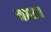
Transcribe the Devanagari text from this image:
वार।